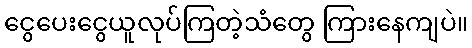
ငွေပေးငွေယူလုပ်ကြတဲ့သံတွေ ကြားနေကျပဲ။